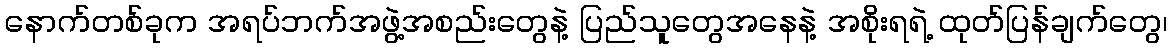
နောက်တစ်ခုက အရပ်ဘက်အဖွဲ့အစည်းတွေနဲ့ ပြည်သူတွေအနေနဲ့ အစိုးရရဲ့ ထုတ်ပြန်ချက်တွေ၊